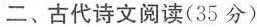
二、古代诗文阅读(35分)